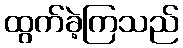
ထွက်ခဲ့ကြသည်